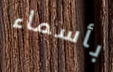
بأسماء